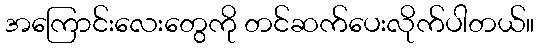
အကြောင်းလေးတွေကို တင်ဆက်ပေးလိုက်ပါတယ်။